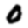
Digit: 0